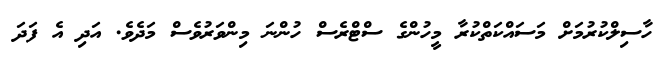
ހާސިލްކުރުމަށް މަސައްކަތްކުރާ މީހުންގެ ސްޓްރެސް ހުންނަ މިންވަރުވެސް މަދެވެ. އަދި އެ ފަދަ